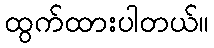
ထွက်ထားပါတယ်။